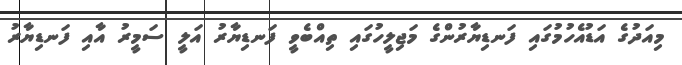
މިއަދުގެ އަޑުއެހުމުގައި ފަނޑިޔާރުންގެ މަޖިލީހުގައި ތިއްބެވީ ފަނޑިޔާރު އަލީ ސަމީރު އާއި ފަނޑިޔާރު